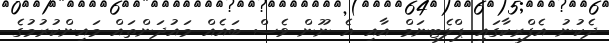
ދެކުނު އެފްރިކާގައި ޕްލެޓިނަމް އާއި އެ ނޫން ވެސް ބައެއް މައުދަންތައް މައިންކުރުމުގެ